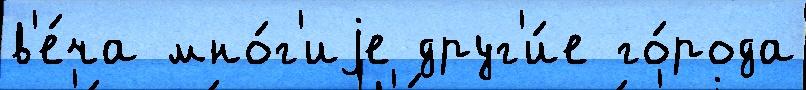
в'е́ча мно́г'иjе друг'и́е го́рода